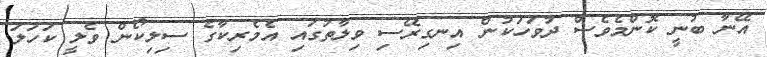
އޭނާ ބުނީ ކޮންމެވެސް ދުވަހަކުން އިނގިރޭސި ވިލާތުގައި އެމެރިކާގެ ސިލިކޯން ވެލީ ކަހަލަ